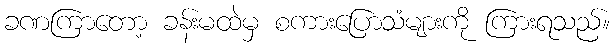
ခဏကြာတော့ ခန်းမထဲမှ စကားပြောသံများကို ကြားရသည်။